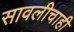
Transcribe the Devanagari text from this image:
सावलीचाही